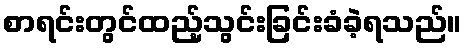
စာရင်းတွင်ထည့်သွင်းခြင်းခံခဲ့ရသည်။